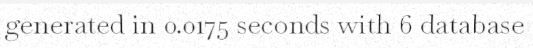
generated in 0.0175 seconds with 6 database